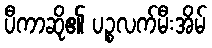
ပီကာဆို၏ ပဉ္စလက်မီးအိမ်